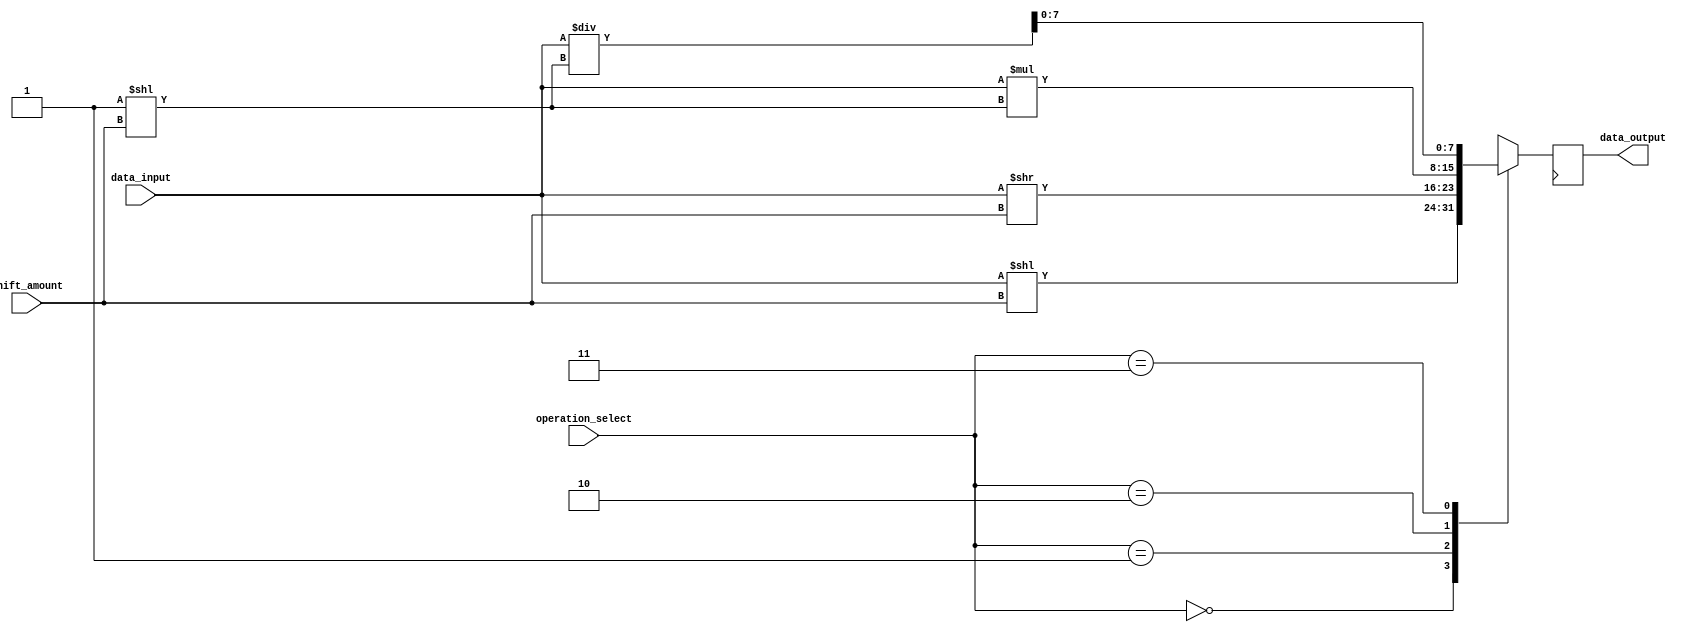
module BarrelShifter (
    input [7:0] data_input,
    input [2:0] shift_amount,
    input [1:0] operation_select,
    output reg [7:0] data_output
);

reg [7:0] shifted_data;

always @(*) begin
    case(operation_select)
        2'b00: shifted_data = data_input << shift_amount; // Left shift for addition
        2'b01: shifted_data = data_input >> shift_amount; // Right shift for subtraction
        2'b10: shifted_data = data_input * (1 << shift_amount); // Multiply by power of 2 for multiplication
        2'b11: shifted_data = data_input / (1 << shift_amount); // Divide by power of 2 for division
    endcase
end

always @(posedge clk) begin
    data_output <= shifted_data;
end

endmodule